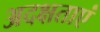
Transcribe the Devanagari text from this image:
अदक्षताएं